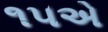
૧૫એ